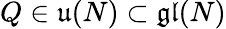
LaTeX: Q\in\mathfrak{u}(N)\subset\mathfrak{gl}(N)